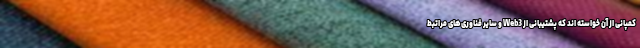
کمپانی از آن خواسته اند که پشتیبانی از Web3 و سایر فناوری‌های مراتبط